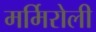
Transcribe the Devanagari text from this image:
मर्मिरोली